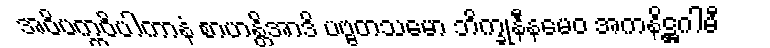
အဝိပက္ကဝိပါကာနံ စာဟန္တိအာဒိ ပဗ္ဗတသမော ဘိက္ခုနီနမေဝ အကနိဋ္ဌဂါမီ